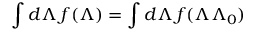
\int d \Lambda \, f ( \Lambda ) = \int d \Lambda \, f ( \Lambda \Lambda _ { 0 } )